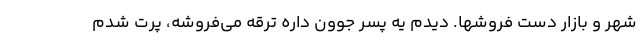
شهر و بازار دست فروشها. دیدم یه پسر جوون داره ترقه می‌فروشه، پرت شدم